Rules and regulations of the Bombay Veterinary College
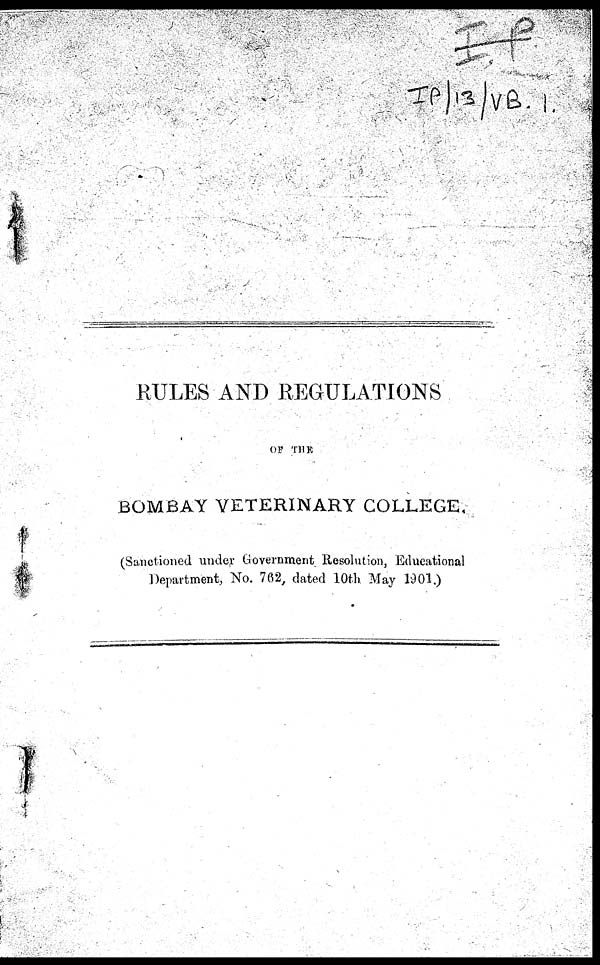
RULES AND REGULATIONS
OF THE
BOMBAY VETERINARY COLLEGE.
(Sanctioned under Government Resolution, Educational
Department, No. 762, dated 10th May 1901.)